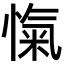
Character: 愾